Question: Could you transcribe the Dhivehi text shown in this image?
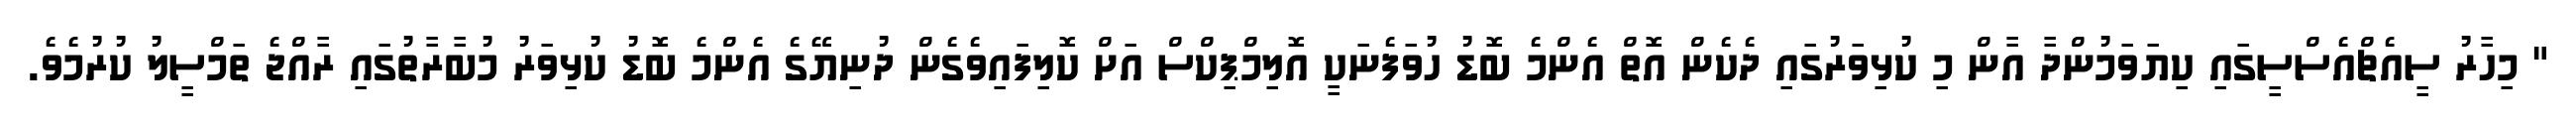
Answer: " މިހާރު ސީއެޗްއެސްސީގައި ކިޔަވަމުންދާ އާން މި ކުޅިވަރުގައި ދެކެން އޮތް އެންމެ ބޮޑު ހުވަފެނަކީ އޮލިމްޕިކްސް އަށް ކޮލިފައިވެގެން ދުނިޔޭގެ އެންމެ ބޮޑު ކުޅިވަރު މުބާރާތުގައި ރާއްޖެ ތަމްސީލު ކުރުމެވެ.